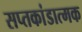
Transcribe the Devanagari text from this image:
सप्तकांडात्मक